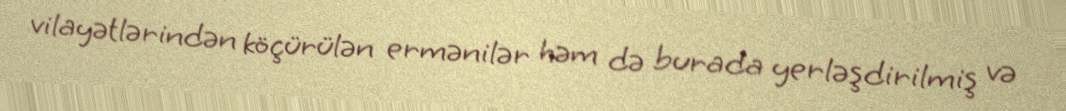
vilayətlərindən köçürülən ermənilər həm də burada yerləşdirilmiş və